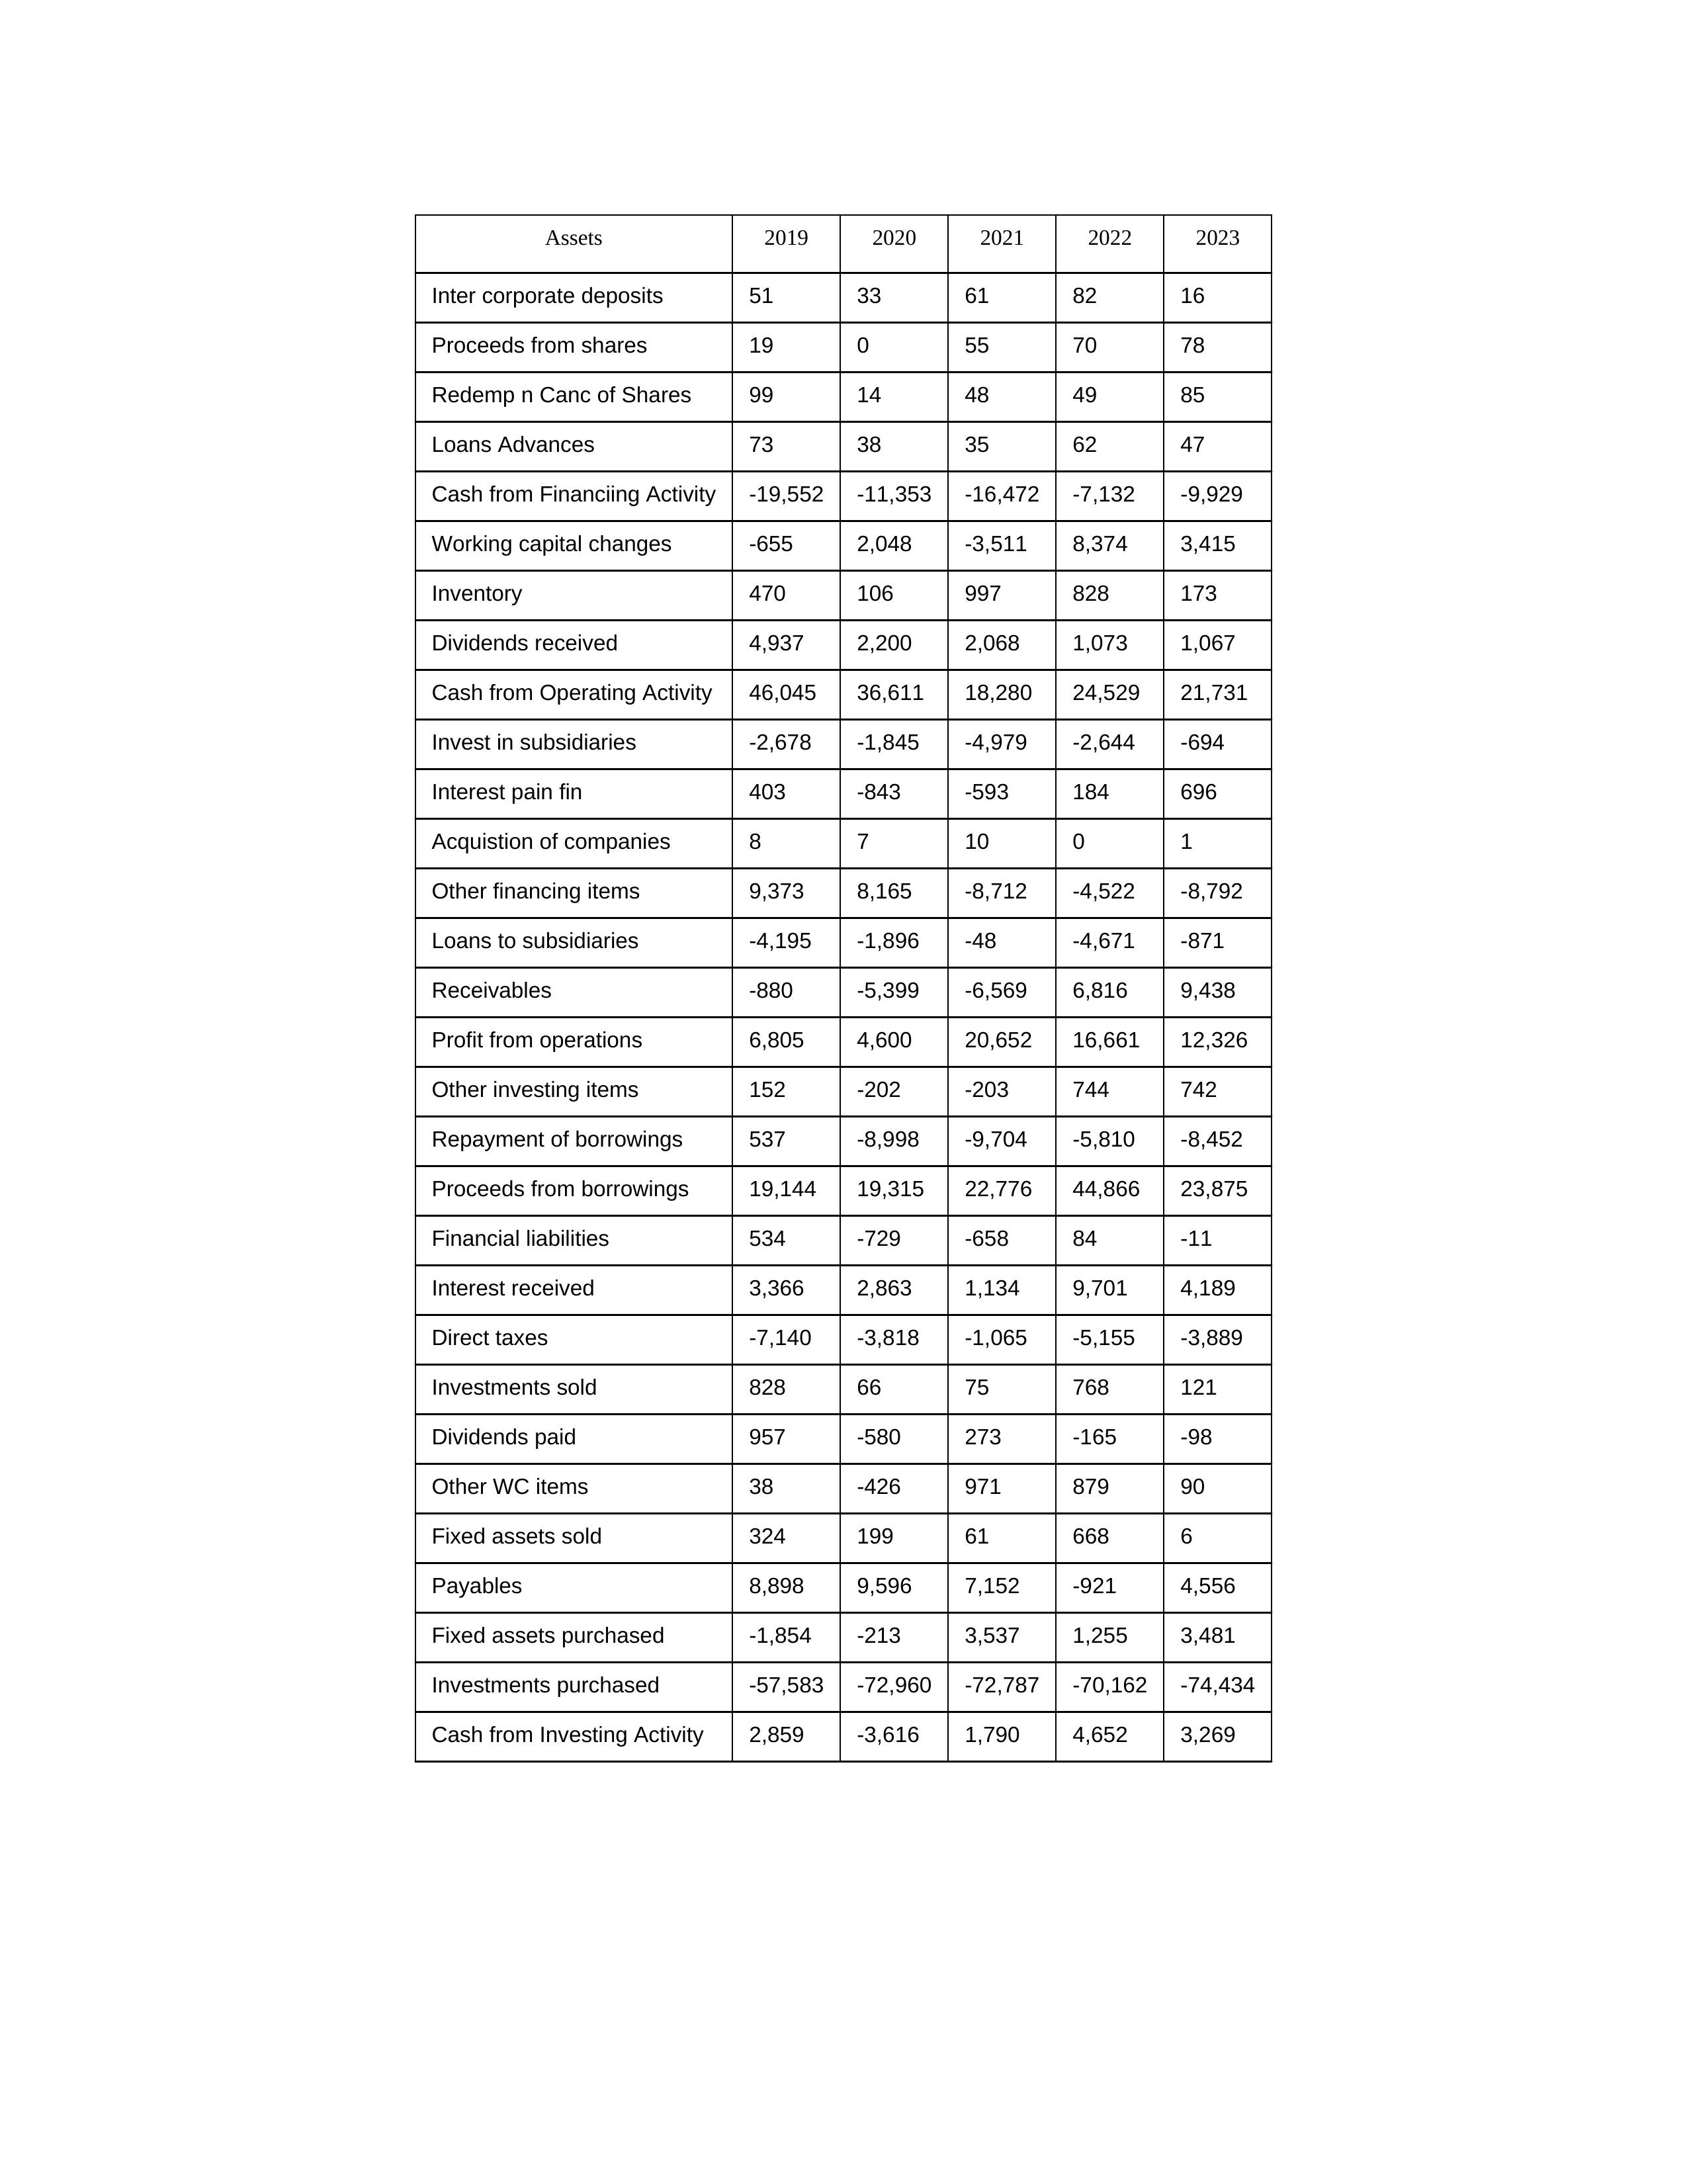
gt_parse: 2019: Cash from Operating Activity: 46,045
Profit from operations: 6,805
Receivables: -880
Inventory: 470
Payables: 8,898
Loans Advances: 73
Other WC items: 38
Working capital changes: -655
Direct taxes: -7,140
Cash from Investing Activity: 2,859
Fixed assets purchased: -1,854
Fixed assets sold: 324
Investments purchased: -57,583
Investments sold: 828
Interest received: 3,366
Dividends received: 4,937
Invest in subsidiaries: -2,678
Loans to subsidiaries: -4,195
Redemp n Canc of Shares: 99
Acquistion of companies: 8
Inter corporate deposits: 51
Other investing items: 152
Cash from Financiing Activity: -19,552
Proceeds from shares: 19
Proceeds from borrowings: 19,144
Repayment of borrowings: 537
Interest pain fin: 403
Dividends paid: 957
Financial liabilities: 534
Other financing items: 9,373
2020: Cash from Operating Activity: 36,611
Profit from operations: 4,600
Receivables: -5,399
Inventory: 106
Payables: 9,596
Loans Advances: 38
Other WC items: -426
Working capital changes: 2,048
Direct taxes: -3,818
Cash from Investing Activity: -3,616
Fixed assets purchased: -213
Fixed assets sold: 199
Investments purchased: -72,960
Investments sold: 66
Interest received: 2,863
Dividends received: 2,200
Invest in subsidiaries: -1,845
Loans to subsidiaries: -1,896
Redemp n Canc of Shares: 14
Acquistion of companies: 7
Inter corporate deposits: 33
Other investing items: -202
Cash from Financiing Activity: -11,353
Proceeds from shares: 0
Proceeds from borrowings: 19,315
Repayment of borrowings: -8,998
Interest pain fin: -843
Dividends paid: -580
Financial liabilities: -729
Other financing items: 8,165
2021: Cash from Operating Activity: 18,280
Profit from operations: 20,652
Receivables: -6,569
Inventory: 997
Payables: 7,152
Loans Advances: 35
Other WC items: 971
Working capital changes: -3,511
Direct taxes: -1,065
Cash from Investing Activity: 1,790
Fixed assets purchased: 3,537
Fixed assets sold: 61
Investments purchased: -72,787
Investments sold: 75
Interest received: 1,134
Dividends received: 2,068
Invest in subsidiaries: -4,979
Loans to subsidiaries: -48
Redemp n Canc of Shares: 48
Acquistion of companies: 10
Inter corporate deposits: 61
Other investing items: -203
Cash from Financiing Activity: -16,472
Proceeds from shares: 55
Proceeds from borrowings: 22,776
Repayment of borrowings: -9,704
Interest pain fin: -593
Dividends paid: 273
Financial liabilities: -658
Other financing items: -8,712
2022: Cash from Operating Activity: 24,529
Profit from operations: 16,661
Receivables: 6,816
Inventory: 828
Payables: -921
Loans Advances: 62
Other WC items: 879
Working capital changes: 8,374
Direct taxes: -5,155
Cash from Investing Activity: 4,652
Fixed assets purchased: 1,255
Fixed assets sold: 668
Investments purchased: -70,162
Investments sold: 768
Interest received: 9,701
Dividends received: 1,073
Invest in subsidiaries: -2,644
Loans to subsidiaries: -4,671
Redemp n Canc of Shares: 49
Acquistion of companies: 0
Inter corporate deposits: 82
Other investing items: 744
Cash from Financiing Activity: -7,132
Proceeds from shares: 70
Proceeds from borrowings: 44,866
Repayment of borrowings: -5,810
Interest pain fin: 184
Dividends paid: -165
Financial liabilities: 84
Other financing items: -4,522
2023: Cash from Operating Activity: 21,731
Profit from operations: 12,326
Receivables: 9,438
Inventory: 173
Payables: 4,556
Loans Advances: 47
Other WC items: 90
Working capital changes: 3,415
Direct taxes: -3,889
Cash from Investing Activity: 3,269
Fixed assets purchased: 3,481
Fixed assets sold: 6
Investments purchased: -74,434
Investments sold: 121
Interest received: 4,189
Dividends received: 1,067
Invest in subsidiaries: -694
Loans to subsidiaries: -871
Redemp n Canc of Shares: 85
Acquistion of companies: 1
Inter corporate deposits: 16
Other investing items: 742
Cash from Financiing Activity: -9,929
Proceeds from shares: 78
Proceeds from borrowings: 23,875
Repayment of borrowings: -8,452
Interest pain fin: 696
Dividends paid: -98
Financial liabilities: -11
Other financing items: -8,792